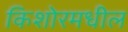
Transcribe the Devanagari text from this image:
किशोरमधील